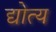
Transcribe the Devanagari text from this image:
द्योत्य